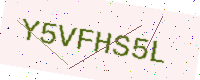
Text: Y5VFHS5L